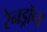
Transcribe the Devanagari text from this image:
रेनड्रॉप्स